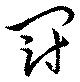
冠